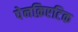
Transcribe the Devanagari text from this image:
पेनक्रिएटिक